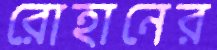
রোহানের